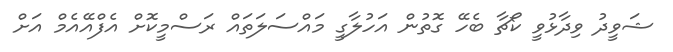
ޝަވީދު ވިދާޅުވީ ކޯޗާ ބެހޭ ގޮތުން އަހުލާގީ މައްސަލަތައް ރަސްމީކޮށް އެފްއޭއެމް އަށް